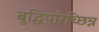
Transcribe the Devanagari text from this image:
बुद्धिपरिच्छिन्न